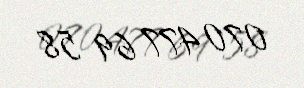
070 477 69 58